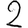
Digit: 2